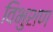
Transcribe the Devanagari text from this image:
विभुशण